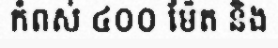
កំពស់ ៤០០ ម៉ែត និង